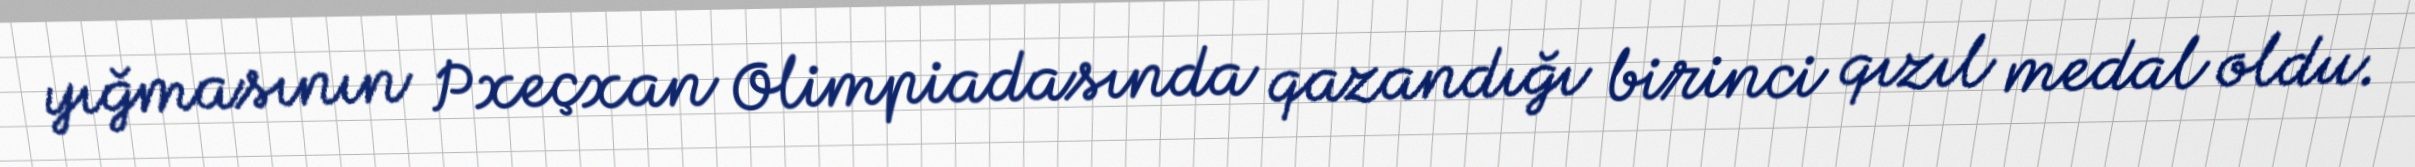
yığmasının Pxeçxan Olimpiadasında qazandığı birinci qızıl medal oldu.